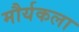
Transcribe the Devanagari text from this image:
मौर्यकला